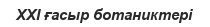
XXI ғасыр ботаниктері